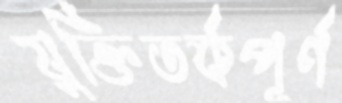
যুক্তিতর্কপূর্ণ